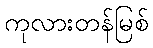
ကုလားတန်မြစ်